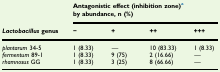
<table><thead><tr><td rowspan="2"><b><i>Lactobacillus</i> genus</b></td><td colspan="4"><b>Antagonistic effect (inhibition zone)a by abundance, n (%)</b></td></tr><tr><td><b>−</b></td><td><b>+</b></td><td><b>++</b></td><td><b>+++</b></td></tr></thead><tbody><tr><td><i>plantarum</i> 34-5</td><td>1 (8.33)</td><td>—</td><td>10 (83.33)</td><td>1 (8.33)</td></tr><tr><td><i>fermentum</i> 89-1</td><td>1 (8.33)</td><td>9 (75)</td><td>2 (16.66)</td><td>—</td></tr><tr><td><i>rhamnosus</i> GG</td><td>1 (8.33)</td><td>3 (25)</td><td>8 (66.66)</td><td>—</td></tr></tbody></table>